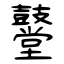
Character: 鼞